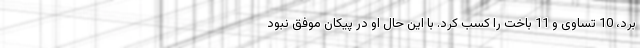
برد، 10 تساوی و 11 باخت را کسب کرد. با این حال او در پیکان موفق نبود